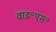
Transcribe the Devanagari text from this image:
वाइ॰एस॰